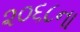
૨૦૬૮ના